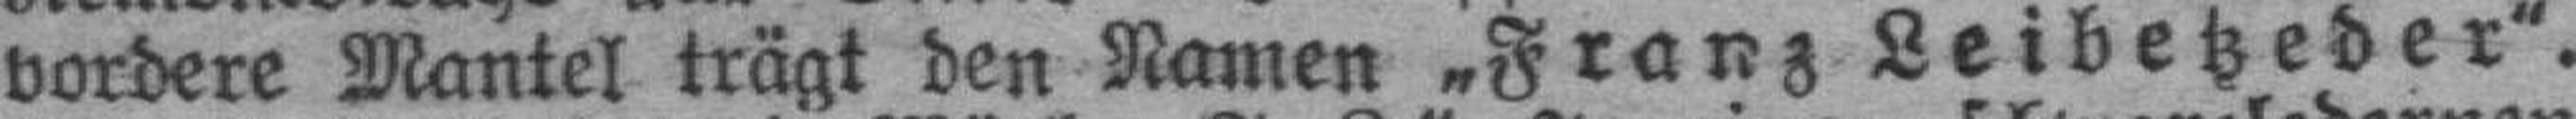
vordere Mantel trägt den Namen „Franz Leibetzeder“.